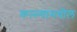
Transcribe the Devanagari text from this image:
कल्ल्यांमधील